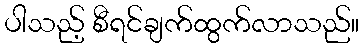
ပါသည့် စီရင်ချက်ထွက်လာသည်။